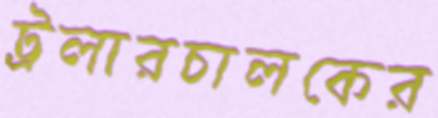
ট্রলারচালকের